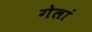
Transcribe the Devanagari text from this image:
गेलां